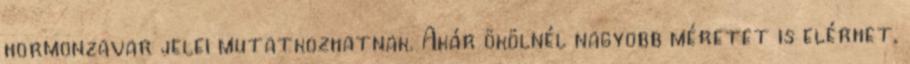
hormonzavar jelei mutatkozhatnak. Akár ökölnél nagyobb méretet is elérhet,